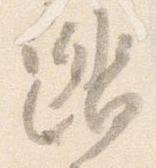
踏